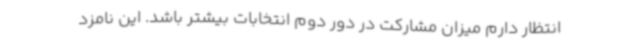
انتظار دارم میزان مشارکت در دور دوم انتخابات بیشتر باشد. این نامزد